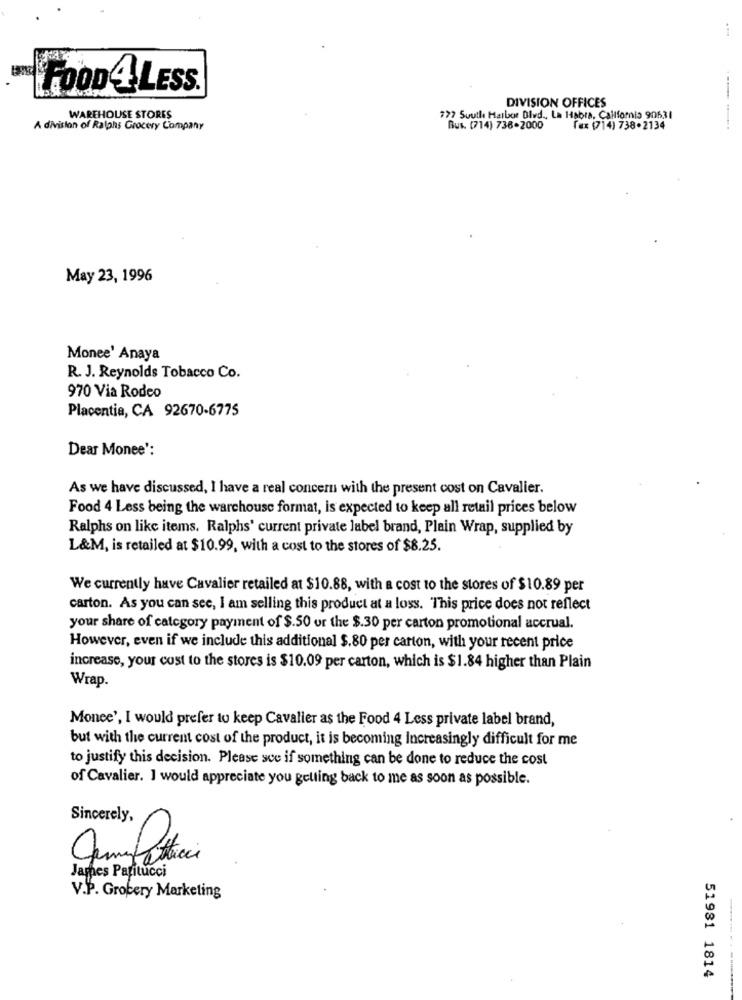
FOOD4 LESS.
DIVISION OFFICES
WAREHOUSE STORES
777 South Harbor Blvd ., La Habra, California 90631
A division of Ralphs Grocery Company
Bus. (714) 736-2000
fax (714) 738.2134
May 23, 1996
Monee' Anaya
R. J. Reynolds Tobacco Co.
970 Via Rodeo
Placentia, CA 92670-6775
Dear Monee':
As we have discussed, I have a real concern with the present cost on Cavalier.
Food 4 Less being the warehouse format, is expected to keep all retail prices below
Ralphs on like items. Ralphs' current private label brand, Plain Wrap, supplied by
L&M, is retailed at $10.99, with a cost to the stores of $8.25.
We currently have Cavalier retailed at $10.88, with a cost to the stores of $10.89 per
carton. As you can see, I am selling this product at a loss. This price does not reflect
your share of category payment of $.50 or the $.30 per carton promotional accrual.
However, even if we include this additional $.80 per carton, with your recent price
increase, your cost to the stores is $10.09 per carton, which is $1.84 higher than Plain
Wrap.
Monee', I would prefer to keep Cavalier as the Food 4 Less private label brand,
but with the current cost of the product, it is becoming Increasingly difficult for me
to justify this decision. Please see if something can be done to reduce the cost
of Cavalier. I would appreciate you getting back to me as soon as possible.
Sincerely,
James Papitucci
V.P. Grocery Marketing
51981 1814